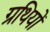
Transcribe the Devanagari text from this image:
ग्रथियों